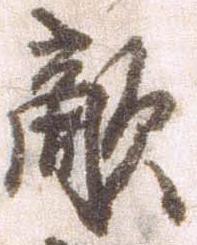
敵